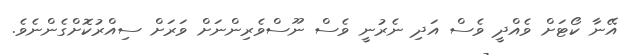
އޭނާ ކޯޓަށް ވެއްދީ ވެސް އަދި ނެރުނީ ވެސް ނޫސްވެރިންނަށް ވަރަށް ސިއްރުކޮށްގެންނެވެ.